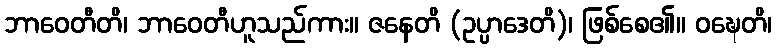
ဘာဝေတီတိ၊ ဘာဝေတီဟူသည်ကား။ ဇနေတိ (ဥပ္ပာဒေတိ)၊ ဖြစ်စေ၏။ ဝဍ္ဎေတိ၊